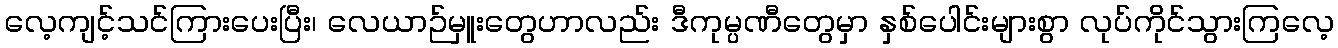
လေ့ကျင့်သင်ကြားပေးပြီး၊ လေယာဉ်မှူးတွေဟာလည်း ဒီကုမ္ပဏီတွေမှာ နှစ်ပေါင်းများစွာ လုပ်ကိုင်သွားကြလေ့